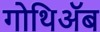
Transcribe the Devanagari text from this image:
गोथिॲब